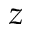
z